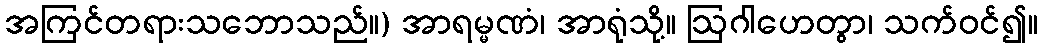
အကြင်တရားသဘောသည်။) အာရမ္မဏံ၊ အာရုံသို့။ ဩဂါဟေတွာ၊ သက်ဝင်၍။